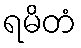
ရမိတံ